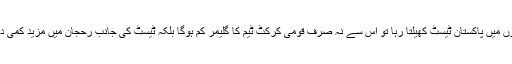
خالی اور اجاڑ میدانوں میں پاکستان ٹیسٹ کھیلتا رہا تو اس سے نہ صرف قومی کرکٹ ٹیم کا گلیمر کم ہوگا بلکہ ٹیسٹ کی جانب رحجان میں مزید کمی دیکھنے کو ملے گی۔